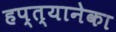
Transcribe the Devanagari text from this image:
हप्त्यानेका